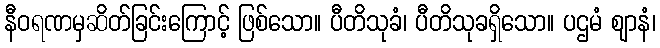
နီဝရဏမှဆိတ်ခြင်းကြောင့် ဖြစ်သော။ ပီတိသုခံ၊ ပီတိသုခရှိသော။ ပဌမံ ဈာနံ၊